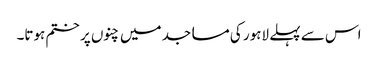
اس سے پہلے لاہور کی مساجد میں چنوں پر ختم ہوتا۔